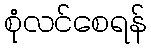
စုံလင်စေရန်